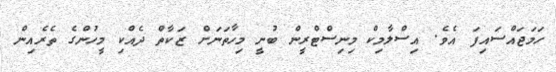
ހަމަޖައްސައިފަ އެވެ. އިސްލާމިކް މިނިސްޓްރީން ބުނީ މިހާތަނަށް ޒަކާތް ދެއްކި މީހުންގެ ތެރެއިން